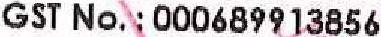
GST NO. : 000689913856